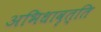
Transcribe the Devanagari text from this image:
अभिधावृत्ति